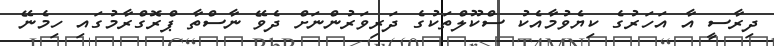
ދިރާސީ އާ އަހަރުގެ ކިޔެވުމާއެކު ސްކޫލްތަކުގެ ދަރިވަރުންނަށް ދެވޭ ނާސްތާ ޕްރޮގްރާމުގައި ހިމެނޭ